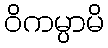
ဝိကမ္ပာမိ